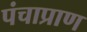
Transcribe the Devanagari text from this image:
पंचाप्राण